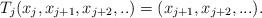
LaTeX: \begin{align*}T_j(x_{j},x_{j+1},x_{j+2},..)=(x_{j+1},x_{j+2},...).\end{align*}